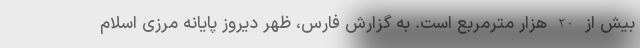
بیش از 20 هزار مترمربع است. به گزارش فارس، ظهر دیروز پایانه مرزی اسلام